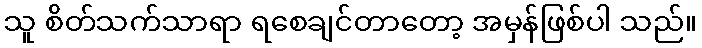
သူ စိတ်သက်သာရာ ရစေချင်တာတော့ အမှန်ဖြစ်ပါ သည်။